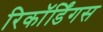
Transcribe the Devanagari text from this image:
रिकॉर्डिंगस